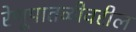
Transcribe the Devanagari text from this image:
रेणूपातळीवरील